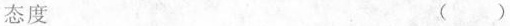
态度 ( )